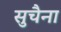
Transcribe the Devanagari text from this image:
सुचैना